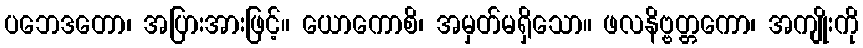
ပဘေဒတော၊ အပြားအားဖြင့်။ ယောကောစိ၊ အမှတ်မရှိသော။ ဖလနိဗ္ဗတ္တကော၊ အကျိုးကို